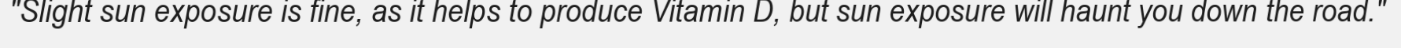
"Slight sun exposure is fine, as it helps to produce Vitamin D, but sun exposure will haunt you down the road."